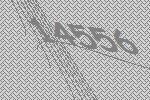
14556